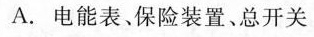
A.电能表、保险装置、总开关